Scottish Leaving Certificate Examination, 1960
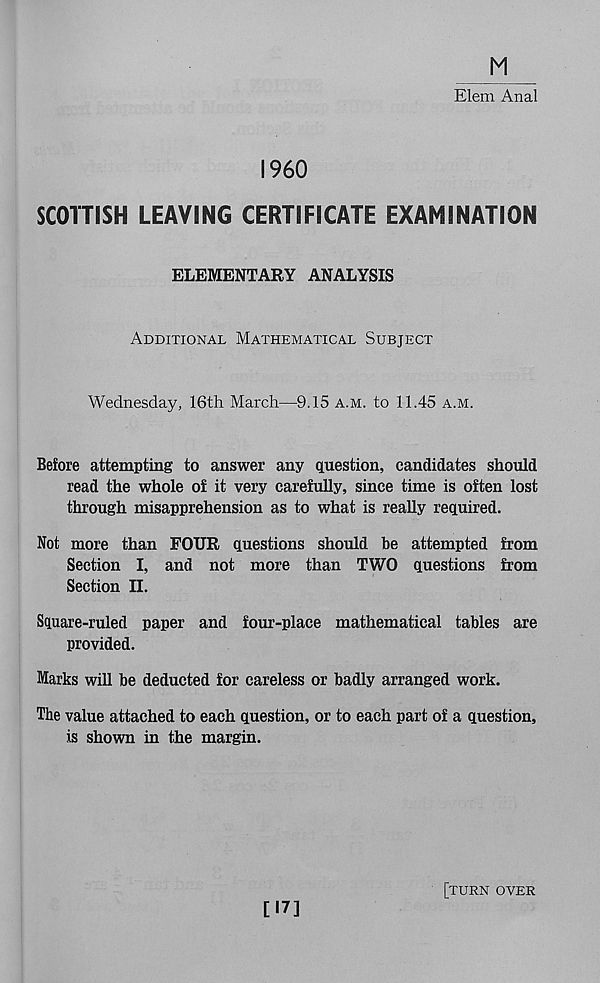
M
Elem Anal
I960
SCOTTISH LEAVING CERTIFICATE EXAMINATION
ELEMENTARY ANALYSIS
Additional Mathematical Subject
Wednesday, 16th March—9.15 a.m. to 11.45 a.m.
Before attempting to answer any question, candidates should
read the whole of it very carefully, since time is often lost
through misapprehension as to what is really required.
Not more than FOUR questions should be attempted from
Section I, and not more than TWO questions from
Section II.
Square-ruled paper and four-place mathematical tables are
provided.
Marks will be deducted for careless or badly arranged work.
The value attached to each question, or to each part of a question,
is shown in the margin.
[«7]
[turn over